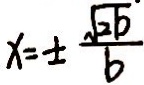
x = \pm \frac { \sqrt { 2 6 } } { 6 }